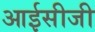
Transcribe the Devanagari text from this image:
आईसीजी